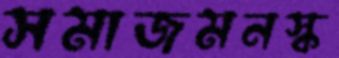
সমাজমনস্ক